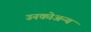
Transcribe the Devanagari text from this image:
उनकोअन्य